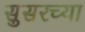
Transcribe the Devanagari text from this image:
सुसरच्या